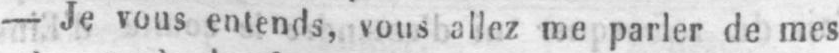
- Je vous entends, vous allez me parler de mes